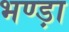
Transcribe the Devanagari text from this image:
भण्ड़ा